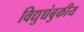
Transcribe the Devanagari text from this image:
विद्युच्चंबुकीय